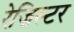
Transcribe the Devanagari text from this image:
रेज़िस्टर